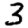
Digit: 3